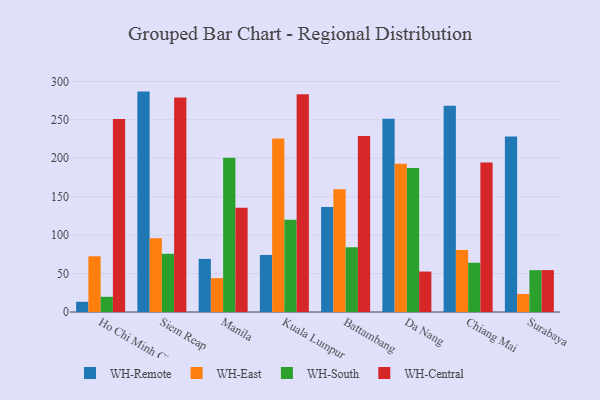
{"axis": {"x": "City", "y": "Humidity (%)"}, "legend": ["WH-Central", "WH-East", "WH-Remote", "WH-South"], "data": [{"x": "Ho Chi Minh City", "y": 13.3, "type": "WH-Remote"}, {"x": "Ho Chi Minh City", "y": 72.5, "type": "WH-East"}, {"x": "Ho Chi Minh City", "y": 19.8, "type": "WH-South"}, {"x": "Ho Chi Minh City", "y": 251.2, "type": "WH-Central"}, {"x": "Siem Reap", "y": 286.7, "type": "WH-Remote"}, {"x": "Siem Reap", "y": 96.0, "type": "WH-East"}, {"x": "Siem Reap", "y": 75.7, "type": "WH-South"}, {"x": "Siem Reap", "y": 279.1, "type": "WH-Central"}, {"x": "Manila", "y": 69.1, "type": "WH-Remote"}, {"x": "Manila", "y": 44.1, "type": "WH-East"}, {"x": "Manila", "y": 200.5, "type": "WH-South"}, {"x": "Manila", "y": 135.5, "type": "WH-Central"}, {"x": "Kuala Lumpur", "y": 74.2, "type": "WH-Remote"}, {"x": "Kuala Lumpur", "y": 225.8, "type": "WH-East"}, {"x": "Kuala Lumpur", "y": 120.1, "type": "WH-South"}, {"x": "Kuala Lumpur", "y": 283.4, "type": "WH-Central"}, {"x": "Battambang", "y": 136.6, "type": "WH-Remote"}, {"x": "Battambang", "y": 159.7, "type": "WH-East"}, {"x": "Battambang", "y": 84.2, "type": "WH-South"}, {"x": "Battambang", "y": 228.8, "type": "WH-Central"}, {"x": "Da Nang", "y": 251.5, "type": "WH-Remote"}, {"x": "Da Nang", "y": 192.7, "type": "WH-East"}, {"x": "Da Nang", "y": 187.3, "type": "WH-South"}, {"x": "Da Nang", "y": 52.6, "type": "WH-Central"}, {"x": "Chiang Mai", "y": 268.4, "type": "WH-Remote"}, {"x": "Chiang Mai", "y": 80.7, "type": "WH-East"}, {"x": "Chiang Mai", "y": 64.1, "type": "WH-South"}, {"x": "Chiang Mai", "y": 194.5, "type": "WH-Central"}, {"x": "Surabaya", "y": 228.3, "type": "WH-Remote"}, {"x": "Surabaya", "y": 23.4, "type": "WH-East"}, {"x": "Surabaya", "y": 54.4, "type": "WH-South"}, {"x": "Surabaya", "y": 54.5, "type": "WH-Central"}]}